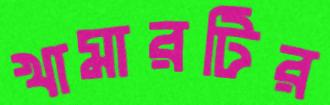
খামারটির